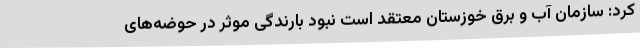
کرد: سازمان آب و برق خوزستان معتقد است نبود بارندگی موثر در حوضه‌های